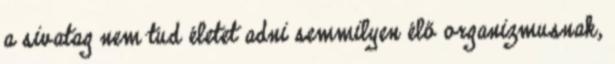
a sivatag nem tud életet adni semmilyen élő organizmusnak,